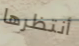
أنتظرها